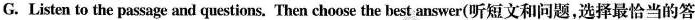
G. Listen to the passage and questions. Then choose the best answer(听短文和问题，选择最恰当的答